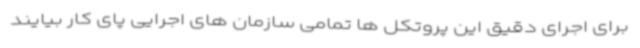
برای اجرای دقیق این پروتکل ها تمامی سازمان های اجرایی پای کار بیایند